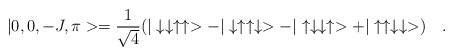
\begin{align*}|0,0,-J,\pi>=\frac{1}{\sqrt{4}}(|\downarrow \downarrow\uparrow\uparrow>-|\downarrow\uparrow\uparrow\downarrow>-|\uparrow\downarrow \downarrow\uparrow>+ |\uparrow\uparrow\downarrow \downarrow>)\quad .\end{align*}